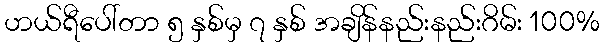
ဟယ်ရီပေါ်တာ ၅ နှစ်မှ ၇ နှစ် အချိန်နည်းနည်းဂိမ်း 100%